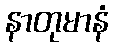
နာတုမာနံ